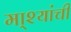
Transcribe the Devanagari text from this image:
मा्श्यांची